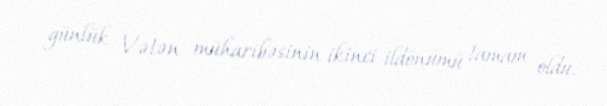
günlük Vətən müharibəsinin ikinci ildönümü tamam oldu.